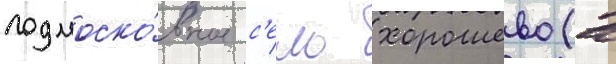
подмоско́вное с'ело хорошево (в